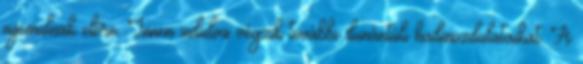
nyomulnak előre. Innen indulva végzik további dunántúli hadmozdulataikat. A